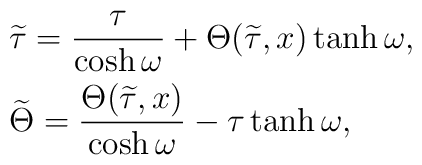
\begin{array}{c}\widetilde{\tau}=\displaystyle\frac{\tau}{\cosh\omega}+\Theta(\widetilde{\tau},x)\tanh\omega,\hfill\\[3mm]\widetilde{\Theta}=\displaystyle\frac{\Theta(\widetilde{\tau}, x)}{\cosh\omega}-\tau\tanh\omega,\hfill\end{array}